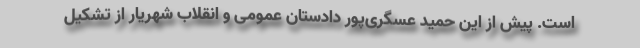
است. پیش از این حمید عسگری‌پور دادستان عمومی و انقلاب شهریار از تشکیل